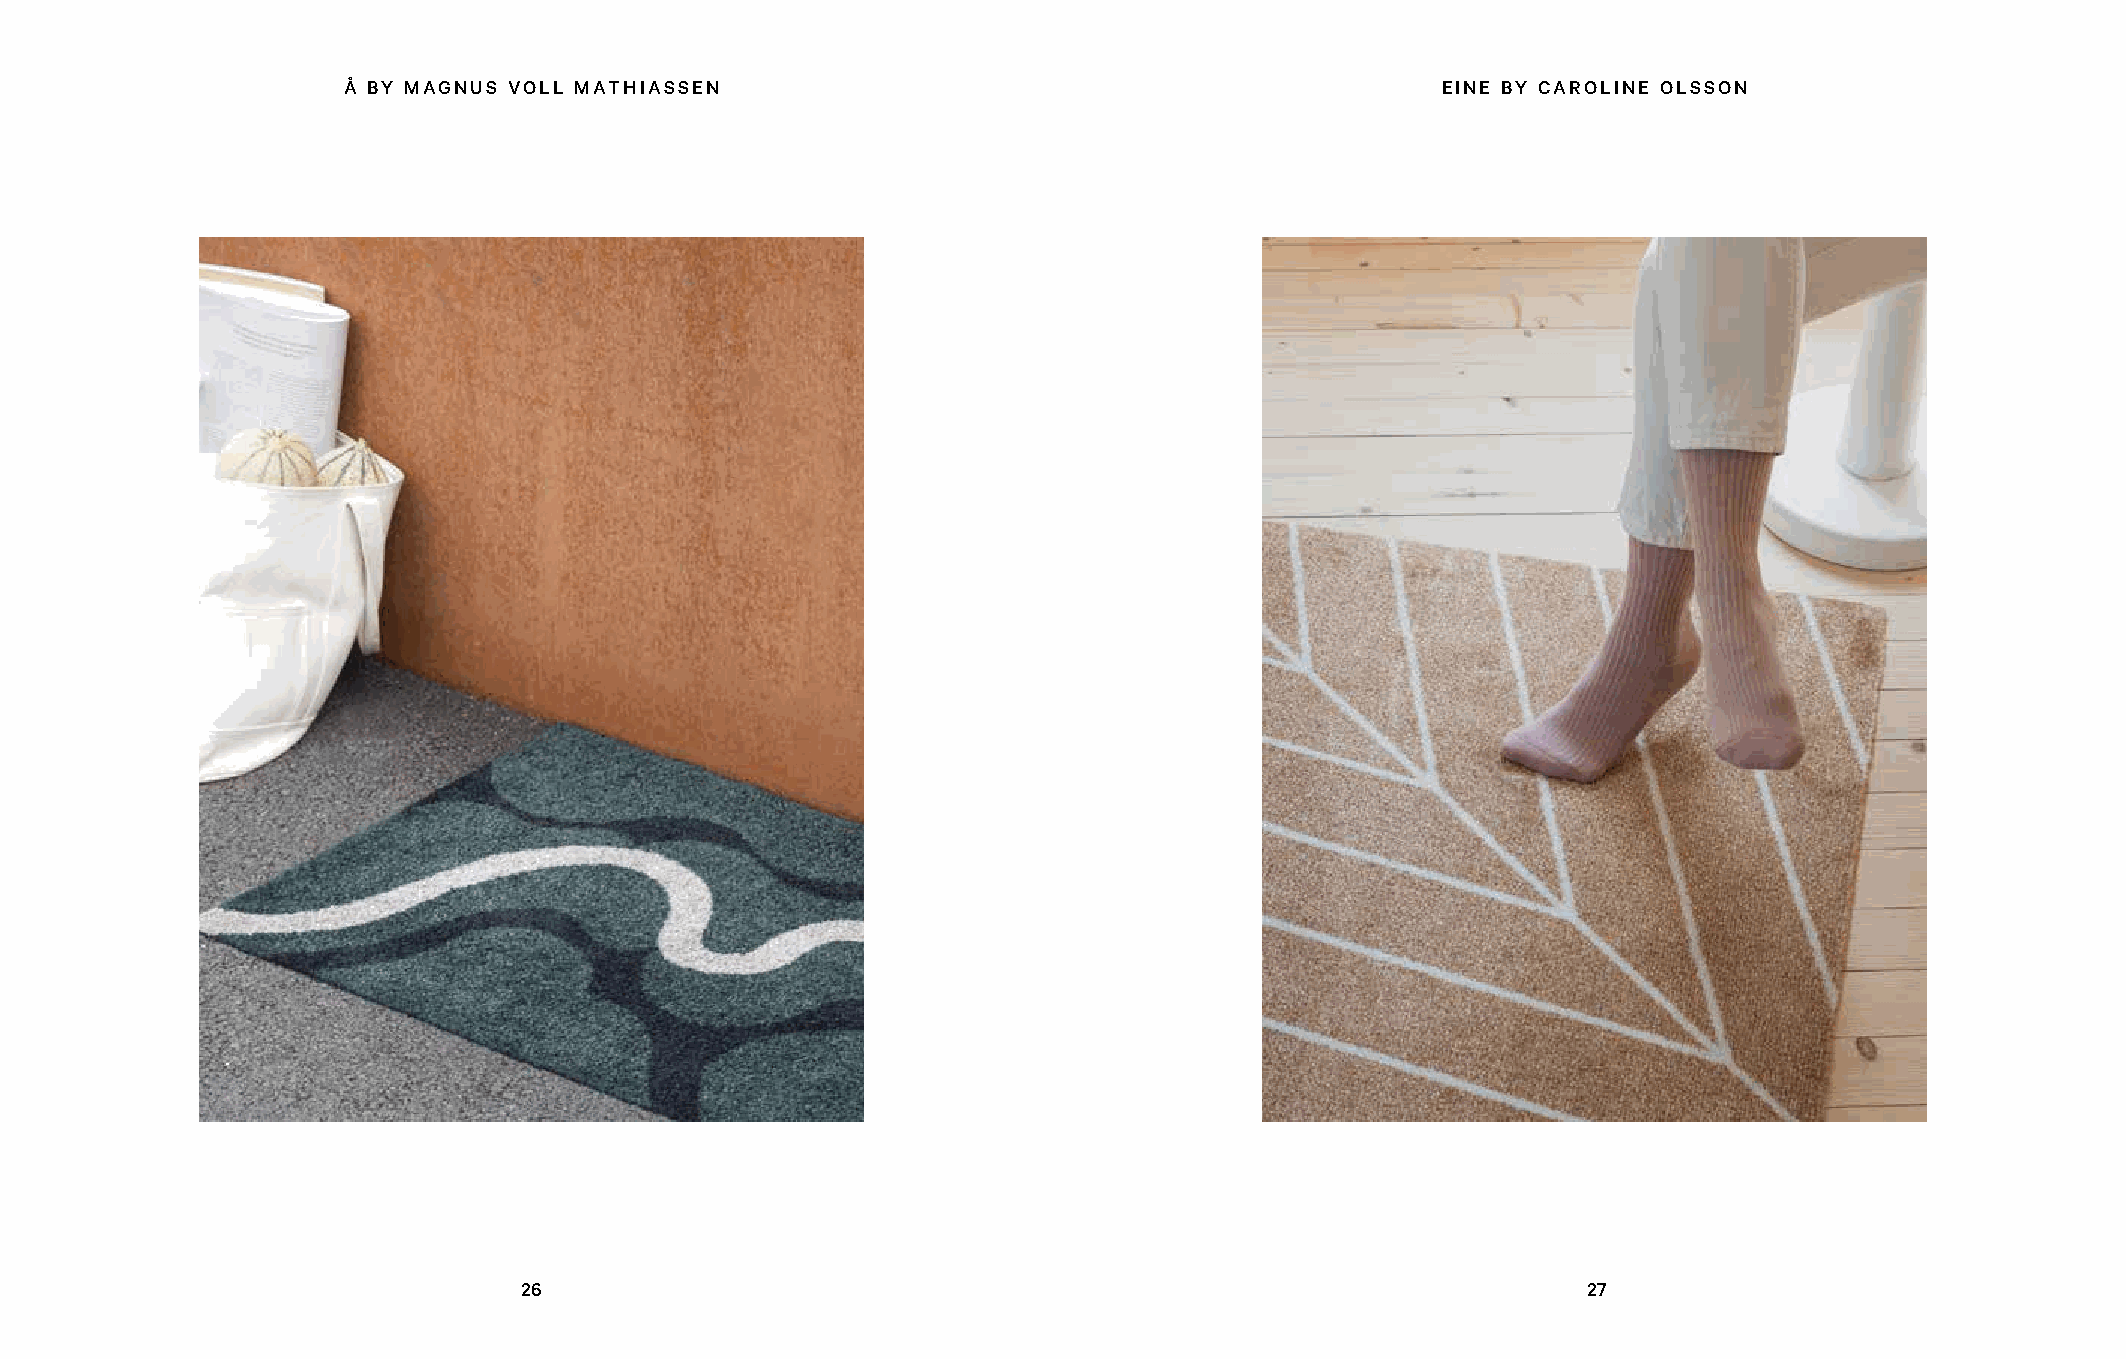
Å BY MAGNUS VOLL MATHIASSEN                                             EINE BY CAROLINE OLSSON
 26                                                                    27